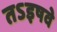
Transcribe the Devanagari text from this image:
तऽइषवे